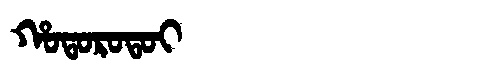
Manchu: ᡥᠣᡨᠣᡵᠣᡨᠣᡳ
Romanization: HOTOROTOI